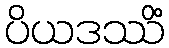
ပိယဒဿိံ